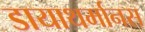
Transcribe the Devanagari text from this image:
डायाथर्मानस